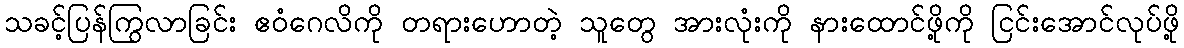
သခင့်ပြန်ကြွလာခြင်း ဧဝံဂေလိကို တရားဟောတဲ့ သူတွေ အားလုံးကို နားထောင်ဖို့ကို ငြင်းအောင်လုပ်ဖို့